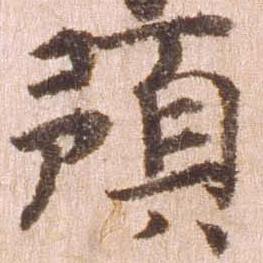
預